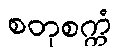
စတုစက္ကံ